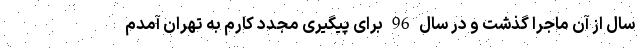
سال از آن ماجرا گذشت و در سال 96 برای پیگیری مجددِ کارم به تهران آمدم